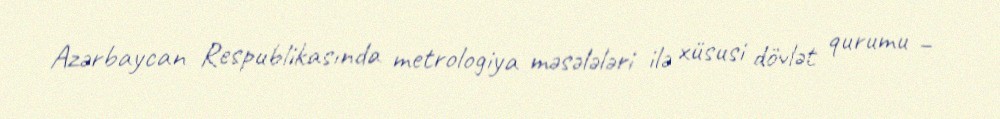
Azərbaycan Respublikasında metrologiya məsələləri ilə xüsusi dövlət qurumu –